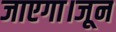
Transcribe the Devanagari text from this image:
जाएगा।जून